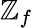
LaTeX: \mathbb{Z}_{f}